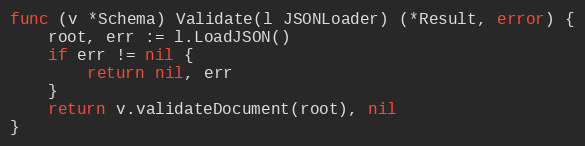
Language: Go
func (v *Schema) Validate(l JSONLoader) (*Result, error) {
	root, err := l.LoadJSON()
	if err != nil {
		return nil, err
	}
	return v.validateDocument(root), nil
}